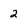
Character: 2